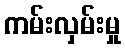
ကမ်းလှမ်းမှု